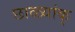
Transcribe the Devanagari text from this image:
छाळ्यांक्